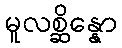
မူလစ္ဆိန္နော